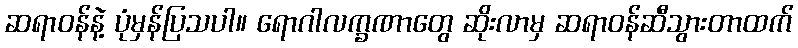
ဆရာဝန်နဲ့ ပုံမှန်ပြသပါ။ ရောဂါလက္ခဏာတွေ ဆိုးလာမှ ဆရာဝန်ဆီသွားတာထက်